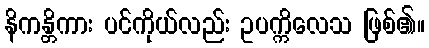
နိကန္တိကား ပင်ကိုယ်လည်း ဥပက္ကိလေသ ဖြစ်၏။